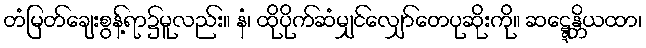
တံမြတ်ချေးစွန့်ရာ၌မူလည်း။ နံ၊ ထိုပိုက်ဆံမျှင်လျှော်တေပုဆိုးကို။ ဆဋ္ဋေန္တိယထာ၊